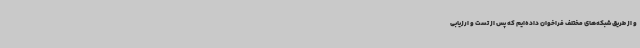
و از طریق شبکه‌های مختلف فراخوان داده‌ایم که پس از تست و ارزیابی